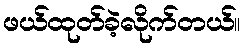
ဖယ်ထုတ်ခဲ့လိုက်တယ်။